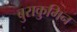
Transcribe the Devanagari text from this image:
बुराकुमिन